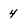
Character: 4